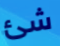
شئ